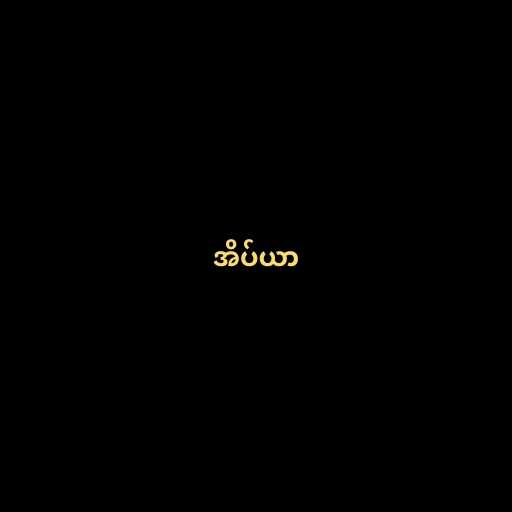
အိပ်ယာ